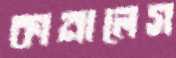
কানালেস